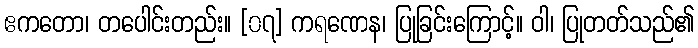
ဧကတော၊ တပေါင်းတည်း။ [၀၇] ကရဏေန၊ ပြုခြင်းကြောင့်။ ဝါ၊ ပြုတတ်သည်၏